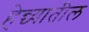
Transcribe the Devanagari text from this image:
हेन्च्यातील